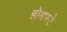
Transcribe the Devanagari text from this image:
होमस्टे